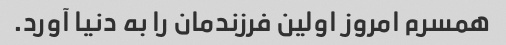
همسرم امروز اولین فرزندمان را به دنیا آورد.